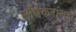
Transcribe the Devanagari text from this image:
सौंधेकरांना